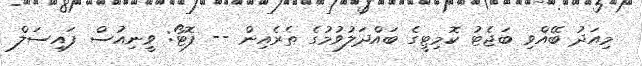
މިއަދު ބޭއްވި ބަޖެޓު ކޮމިޓީގެ ބައްދަލުވުމުގެ ތެރެއިން -- ފޮޓޯ: ވީނިއުސް ފައިސަލް